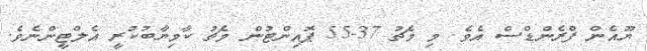
ޔޫއެން ފްރެންޑްސް އެވެ. މި މެޗު 37-55 ޕޮއިންޓުން މެޗު ކާމިޔާބުކުރީ އެލްޓީންނެވެ.